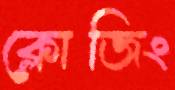
ক্লোজিং